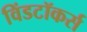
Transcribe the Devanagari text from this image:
विंडटॉकर्स